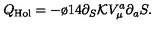
Q _ { \mathrm { H o l } } = - \o { 1 } { 4 } \partial _ { S } { \cal K } V _ { \mu } ^ { a } \partial _ { a } S .